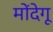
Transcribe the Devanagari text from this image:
मोंदेगू